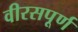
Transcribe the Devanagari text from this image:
वीरसपूर्ण